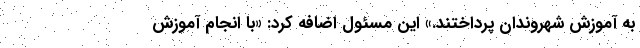
به آموزش شهروندان پرداختند.» این مسئول اضافه کرد: «با انجام آموزش